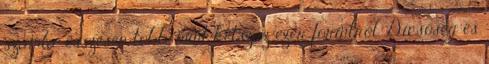
számla, összesen több, mint kétszáz ezer forintról. Dicsőség és